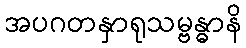
အပဂတနှာရုသမ္ဗန္ဓာနိ